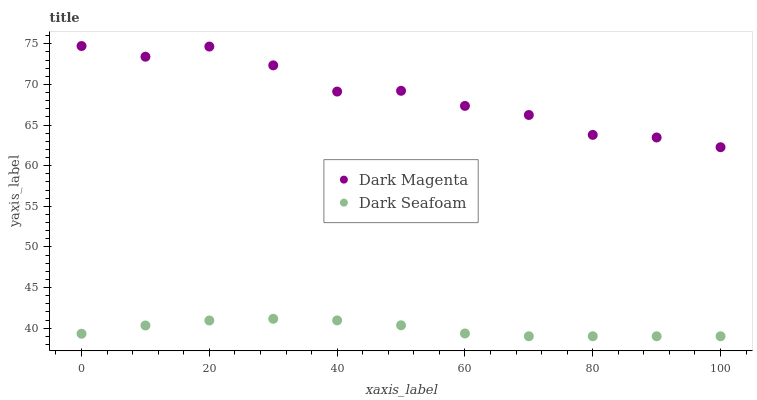
| xaxis_label | Dark Magenta | Dark Seafoam |
 | --- | --- | --- |
 | 0 | 74.7 | 39.3 |
 | 10 | 73.4 | 40.3 |
 | 20 | 74.7 | 40.9 |
 | 30 | 72.3 | 41.1 |
 | 40 | 69.1 | 41 |
 | 50 | 69.2 | 40.4 |
 | 60 | 67.4 | 39.3 |
 | 70 | 66.2 | 39 |
 | 80 | 63.8 | 39 |
 | 90 | 63.5 | 39 |
 | 100 | 62.3 | 39 |